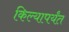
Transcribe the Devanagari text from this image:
किल्यापर्यंत